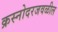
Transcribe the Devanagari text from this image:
क्रस्नोदरजवळील